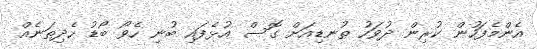
އެންމެފަހުން ކުރިން ދުވަހު ތުނޑިއަށް ގޮސް އުޅެފައި ބުނި ހެވޯ ބޯޑު ހެދިތަނެއް